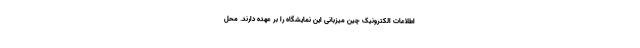
اطلاعات الکترونیک چین میزبانی این نمایشگاه را بر عهده دارند. محل